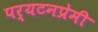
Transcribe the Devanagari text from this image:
पर्यटनप्रेमी